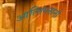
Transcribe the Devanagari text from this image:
आल्तिप्लानो